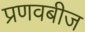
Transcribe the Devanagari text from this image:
प्रणवबीज